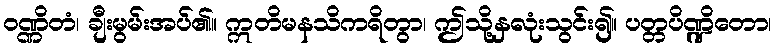
ဝဏ္ဏိတံ၊ ချီးမွမ်းအပ်၏။ ဣတိမနသိကရိတွာ၊ ဤသို့နှလုံးသွင်း၍။ ပတ္တပိဏ္ဍိတော၊